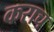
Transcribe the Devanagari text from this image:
कराच